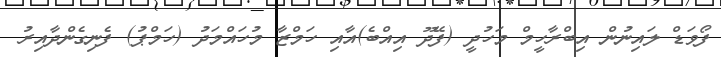
ފޯވަޑް ލައިނުން އިބްރާހީމް މަހުދީ (ފޭދޫ އިއްބެ)އާއި ހަމްޒާ މުހައްމަދު (ހަމްޕު) ފެނިގެންދާއިރު